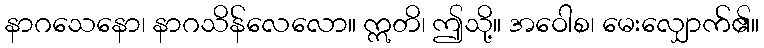
နာဂသေနော၊ နာဂသိန်လေလော။ ဣတိ၊ ဤသို့။ အဝေါစ၊ မေးလျှောက်၏။